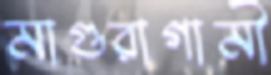
মাগুরাগামী